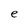
Character: e